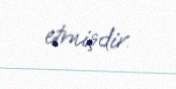
etmişdir.